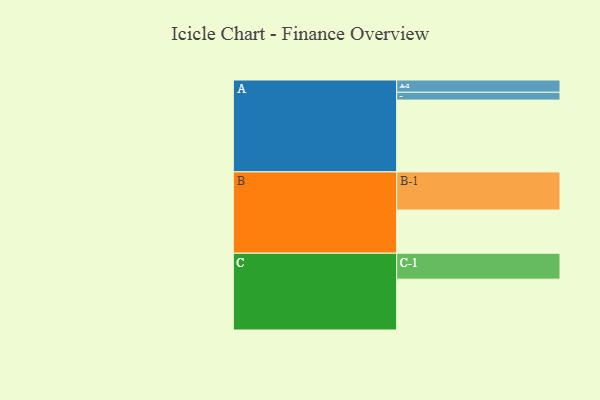
{"axis": {"x": "Segment", "y": "Value"}, "legend": ["", "A", "B", "C"], "data": [{"x": "A", "y": 532, "type": ""}, {"x": "B", "y": 320, "type": ""}, {"x": "C", "y": 377, "type": ""}, {"x": "A-1", "y": 58, "type": "A"}, {"x": "A-2", "y": 91, "type": "A"}, {"x": "B-1", "y": 283, "type": "B"}, {"x": "C-1", "y": 192, "type": "C"}]}